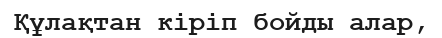
Құлақтан кіріп бойды алар,